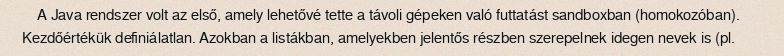
A Java rendszer volt az első, amely lehetővé tette a távoli gépeken való futtatást sandboxban (homokozóban). Kezdőértékük definiálatlan. Azokban a listákban, amelyekben jelentős részben szerepelnek idegen nevek is (pl.